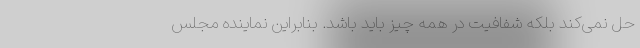
حل نمی‌کند بلکه شفافیت در همه چیز باید باشد. بنابراین نماینده مجلس